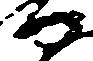
門